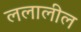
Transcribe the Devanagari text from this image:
ललालील